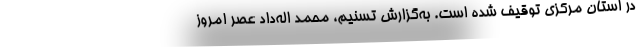
در استان مرکزی توقیف شده است. به‌گزارش تسنیم، محمد اله‌داد عصر امروز